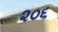
૨૦૬